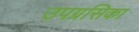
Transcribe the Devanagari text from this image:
उपग्रसिका